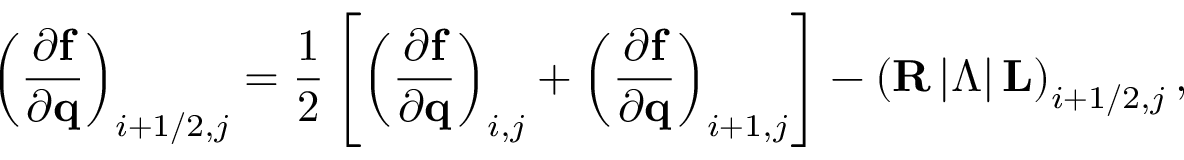
\left( \frac { \partial \mathbf { f } } { \partial \mathbf { q } } \right) _ { i + 1 / 2 , j } = \frac { 1 } { 2 } \left[ \left( \frac { \partial \mathbf { f } } { \partial \mathbf { q } } \right) _ { i , j } + \left( \frac { \partial \mathbf { f } } { \partial \mathbf { q } } \right) _ { i + 1 , j } \right] - \left( \mathbf { R } \left| \boldsymbol { \Lambda } \right| \mathbf { L } \right) _ { i + 1 / 2 , j } ,